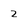
Character: 2